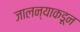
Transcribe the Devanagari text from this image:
जालन्याकडून